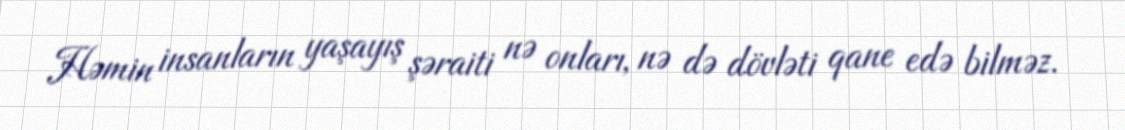
Həmin insanların yaşayış şəraiti nə onları, nə də dövləti qane edə bilməz.